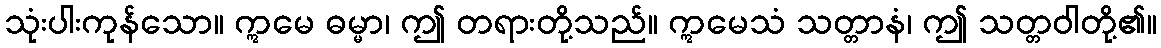
သုံးပါးကုန်သော။ ဣမေ ဓမ္မာ၊ ဤ တရားတို့သည်။ ဣမေသံ သတ္တာနံ၊ ဤ သတ္တဝါတို့၏။